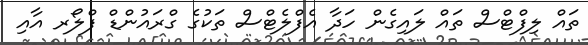
ތައް ލިފްޓްސް ތައް ލައިގެން ހަދާ އެފްލެޓްސް ތަކުގެ ގްރައުންޑް ފްލޯރ އާއި